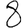
Digit: 8